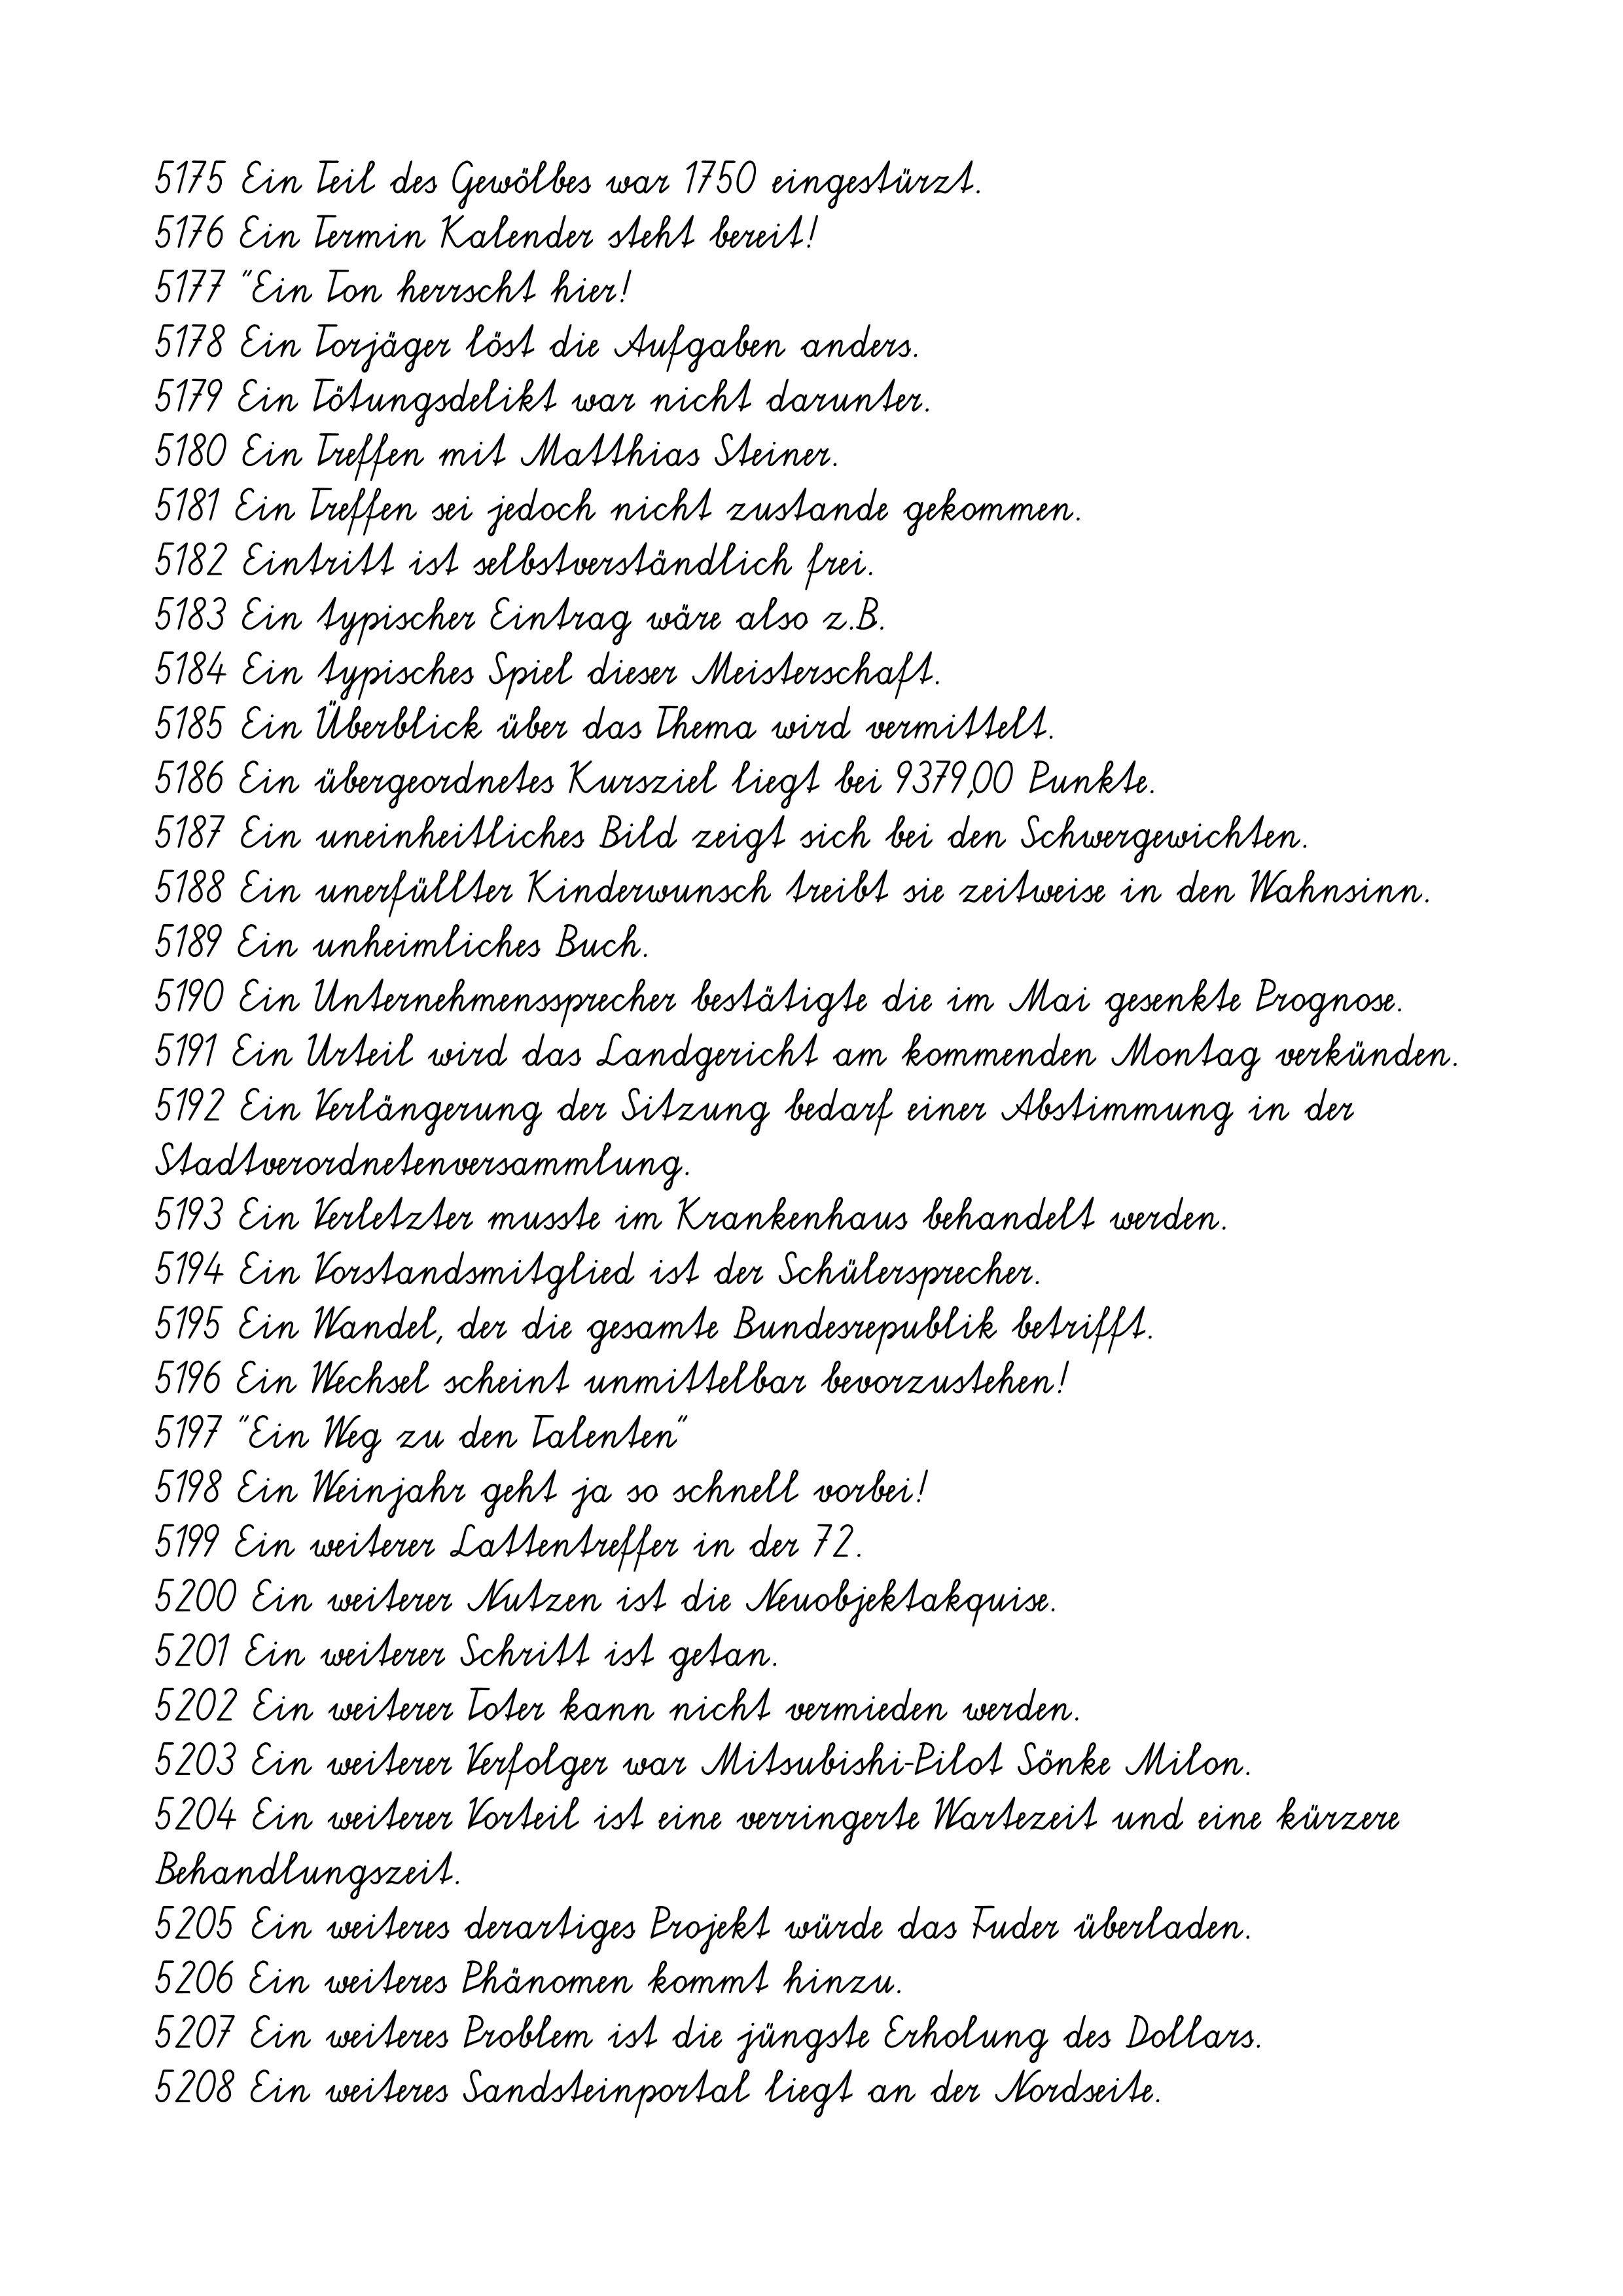
5175 Ein Teil des Gewölbes war 1750 eingestürzt.
5176 Ein Termin Kalender steht bereit!
5177 "Ein Ton herrscht hier!
5178 Ein Torjäger löst die Aufgaben anders.
5179 Ein Tötungsdelikt war nicht darunter.
5180 Ein Treffen mit Matthias Steiner.
5181 Ein Treffen sei jedoch nicht zustande gekommen.
5182 Eintritt ist selbstverständlich frei.
5183 Ein typischer Eintrag wäre also z.B.
5184 Ein typisches Spiel dieser Meisterschaft.
5185 Ein Überblick über das Thema wird vermittelt.
5186 Ein übergeordnetes Kursziel liegt bei 9379,00 Punkte.
5187 Ein uneinheitliches Bild zeigt sich bei den Schwergewichten.
5188 Ein unerfüllter Kinderwunsch treibt sie zeitweise in den Wahnsinn.
5189 Ein unheimliches Buch.
5190 Ein Unternehmenssprecher bestätigte die im Mai gesenkte Prognose.
5191 Ein Urteil wird das Landgericht am kommenden Montag verkünden.
5192 Ein Verlängerung der Sitzung bedarf einer Abstimmung in der
Stadtverordnetenversammlung.
5193 Ein Verletzter musste im Krankenhaus behandelt werden.
5194 Ein Vorstandsmitglied ist der Schülersprecher.
5195 Ein Wandel, der die gesamte Bundesrepublik betrifft.
5196 Ein Wechsel scheint unmittelbar bevorzustehen!
5197 "Ein Weg zu den Talenten"
5198 Ein Weinjahr geht ja so schnell vorbei!
5199 Ein weiterer Lattentreffer in der 72.
5200 Ein weiterer Nutzen ist die Neuobjektakquise.
5201 Ein weiterer Schritt ist getan.
5202 Ein weiterer Toter kann nicht vermieden werden.
5203 Ein weiterer Verfolger war Mitsubishi-Pilot Sönke Milon.
5204 Ein weiterer Vorteil ist eine verringerte Wartezeit und eine kürzere
Behandlungszeit.
5205 Ein weiteres derartiges Projekt würde das Fuder überladen.
5206 Ein weiteres Phänomen kommt hinzu.
5207 Ein weiteres Problem ist die jüngste Erholung des Dollars.
5208 Ein weiteres Sandsteinportal liegt an der Nordseite.